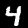
Digit: 4